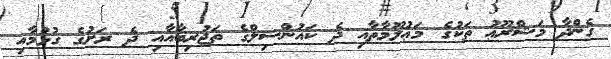
ގެންދާ މަޝްރޫޢު ތަކުގެ މަޢުލޫމާތާއި ދެ ކައުންސިލްގެ ތަޖުރިބާއާއި ދެ ރަށުގެ ގުޅުމާއި